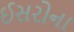
ઈસરોના